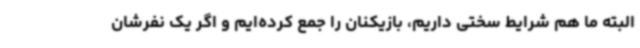
البته ما هم شرایط سختی داریم، بازیکنان را جمع کرده‌ایم و اگر یک نفرشان